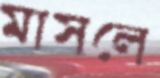
মাসলে